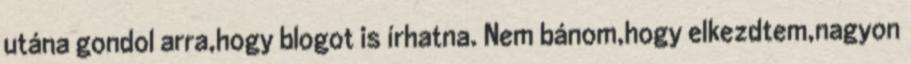
utána gondol arra,hogy blogot is írhatna. Nem bánom,hogy elkezdtem,nagyon